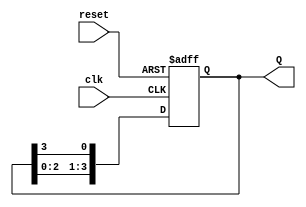
module Johnson_Counter (
    input wire clk,        // Clock input
    input wire reset,      // Asynchronous reset
    output reg [3:0] Q     // 4-bit output for the Johnson counter
);

    // The Johnson counter generates a sequence of states with 2*N unique states
    // For a 4-stage Johnson counter, we have 8 unique states

    always @(posedge clk or posedge reset) begin
        if (reset) begin
            Q <= 4'b0000; // Initialize counter to 0 on reset
        end else begin
            // Johnson counter logic
            Q[0] <= Q[3];          // Feedback from the last flip-flop (Q3)
            Q[1] <= Q[0];          // Shift the states
            Q[2] <= Q[1];
            Q[3] <= Q[2];
        end
    end

endmodule